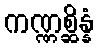
ကဏ္ဏစ္ဆိန္နံ